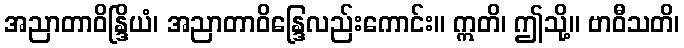
အညာတာဝိန္ဒြိယံ၊ အညာတာဝိန္ဒြေလည်းကောင်း။ ဣတိ၊ ဤသို့။ ဗာဝီသတိ၊